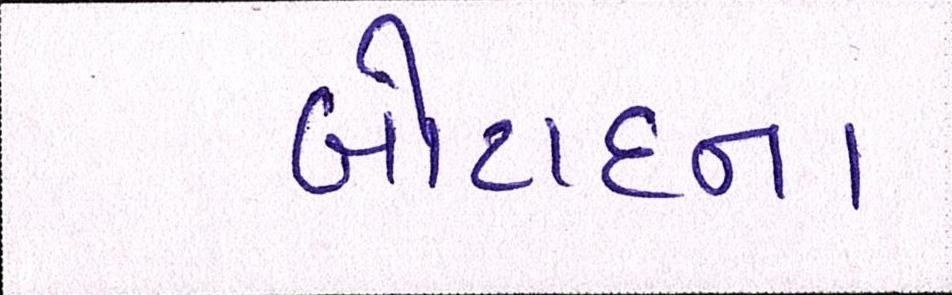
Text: બોટાદના